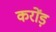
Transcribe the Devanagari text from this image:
करोंड़